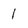
Character: 1